Indian journal of veterinary science and animal husbandry - Volume 3,
Year: 1933
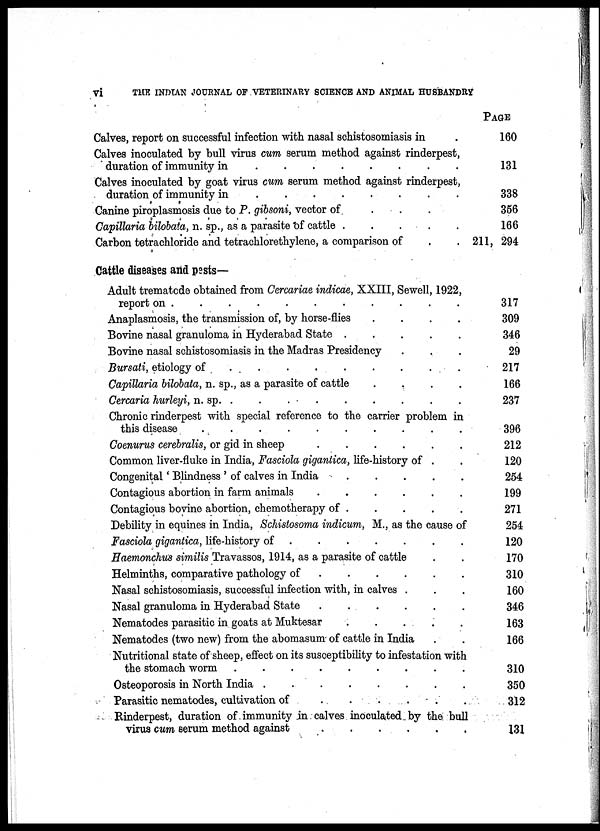
vi
THE
INDIAN JOURNAL OF VETERINARY SCIENCE AND ANIMAL HUSBANDRY
Calves, report on successful infection with nasal schistosomiasis in .
Calves inoculated by bull virus cum serum method against rinderpest,
duration of immunity in
.
.
Calves inoculated by goat virus cum serum method against rinderpest,
duration of immunity in
.
.
Canine piroplasmosis due to P. gibsoni, vector of . . . . . . . .
Capillaria bilobata, n. sp., as a parasite of cattle . . . . . . . .
Carbon tetrachloride and tetrachlorethylene, a comparison of . .
Cattle diseases arid pests—
Adult trematode obtained from Cercariae indicae, XXIII, Sewell, 1922
report on . . . . . . . .
Anaplasmosis, the transmission of, by horse-flies . . . . . . . .
Bovine nasal granuloma in Hyderabad State . . . . . . . .
Bovine nasal schistosomiasis in the Madras Presidency . . .
Bursati, etiology of . . . . . . . .
Capillaria bilobata, n. sp., as a parasite of cattle . . . . . . . .
Cercaria hurleyi, n. sp. . . . . . . . .
Chronic rinderpest with special reference to the carrier problem in
this disease . . . . . . . .
Coenurus cerebralis, or gid in sheep . . . . . . . .
Common liver-fluke in India, Fasciola gigantica, life-history of . .
Congenital ' Blindness ' of calves in India . . . . . . . .
Contagious abortion in farm animals . . . . . . . .
Contagious bovine abortion, chemotherapy of . . . . . . . .
Debility in equines in India, Schistosoma indicum, M., as the cause of
Fasciola gigantica, life-history of . . . . . . . .
Haemonchus similis Travassos, 1914, as a parasite of cattle . .
Helminths, comparative pathology of . . . . . . . .
Nasal schistosomiasis, successful infection with, in calves . . .
Nasal granuloma in Hyderabad State . . . . . . . .
Nematodes parasitic in goats at Muktesar . . . . . . . .
Nematodes (two new) from the abomasum of cattle in India . .
Nutritional state of sheep, effect on its susceptibility to infestation with
the stomach worm . . . . . . . .
Osteoporosis in North India .
.
Parasitic nematodes, cultivation of . . . . . . . .
Rinderpest, duration of immunity in calves inoculated by the bull
virus cum serum method against . . . . . . . .
PAGE
160
131
338
356
166
211, 294
317
309
346
29
217
166
237
396
212
120
254
199
271
254
120
170
310
160
346
163
166
310
350
312
131